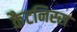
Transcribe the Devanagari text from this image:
कैटनिस्स